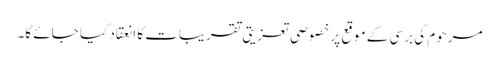
مرحوم کی برسی کے موقع پر خصوصی تعزیتی تقریبات کا انعقاد کیا جائے گا۔